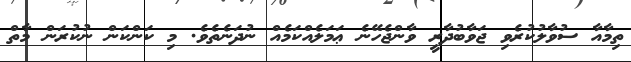
ތިމާއާ ސުވާލުކުރެވި ޖަވާބުދާރީ ވާންޖެހޭނެ ޢަމަލެއްކަމެއް ނުދަނެތެވެ. މި ކަންކަން ނުކުރަން މާތް